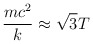
\begin{align*}\frac{mc^2}{k} \approx \sqrt{3}T\end{align*}